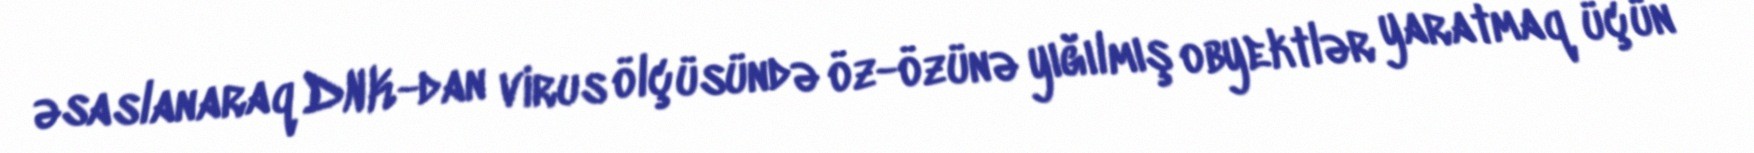
əsaslanaraq DNK-dan virus ölçüsündə öz-özünə yığılmış obyektlər yaratmaq üçün